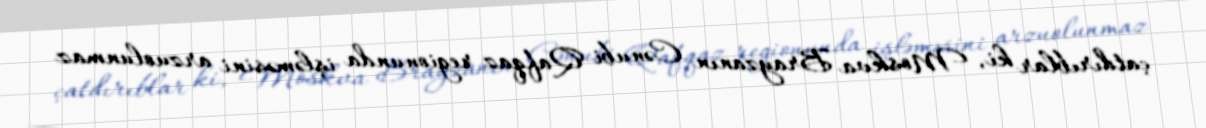
çatdırıblar ki, Moskva Brayzanın Cənubi Qafqaz regionunda işləməsini arzuolunmaz